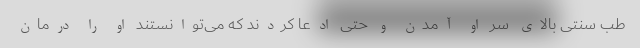
طب سنتی بالای سر او آمدن و حتی ادعا کردند که می‌توانستند او را درمان